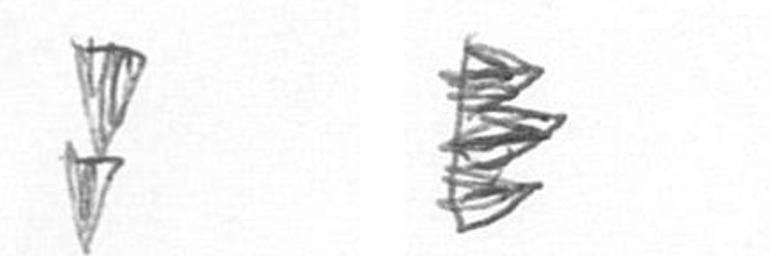
Z H